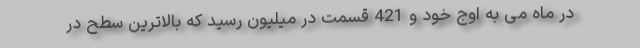
در ماه می به اوج خود و 421 قسمت در میلیون رسید که بالاترین سطح در